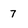
Character: 7